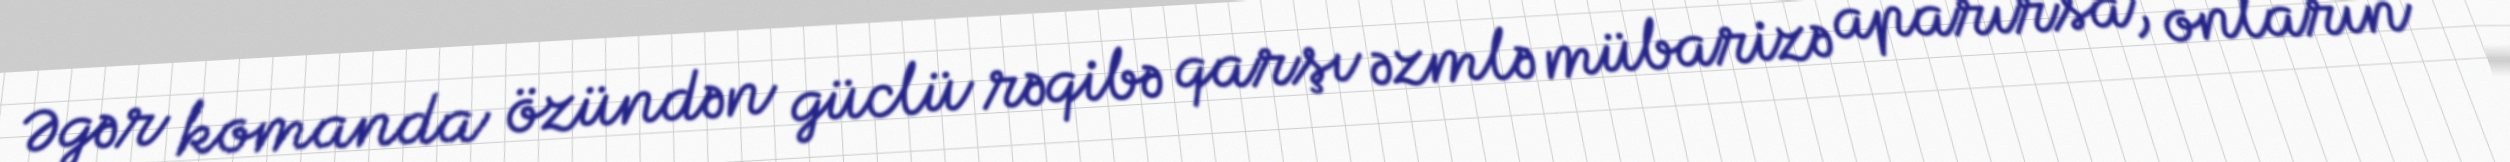
Əgər komanda özündən güclü rəqibə qarşı əzmlə mübarizə aparırsa, onların